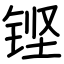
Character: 铿